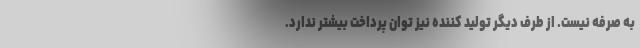
به صرفه نیست. از طرف دیگر تولید کننده نیز توان پرداخت بیشتر ندارد.